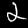
Label: 2